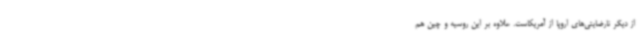
از دیگر نارضایتی‌های اروپا از آمریکاست. علاوه بر این روسیه و چین هم